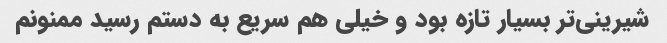
شیرینی‌تر بسیار تازه بود و خیلی هم سریع به دستم رسید ممنونم